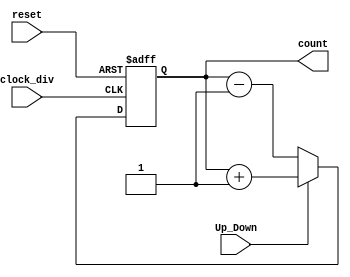
module up_down_counter(clock_div, reset, Up_Down, count);
input clock_div, reset, Up_Down;
output reg [3:0] count;
reg [3:0] tmp;

always@(posedge clock_div or negedge reset)
begin
	if(!reset) // reset == 0
		count = 4'b0000;
	else // reset == 1
	begin
		if(Up_Down) // Up_Down == 1
			count = count+1;
		else // Up_Down == 0
			count = count-1;
	end
end
endmodule